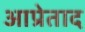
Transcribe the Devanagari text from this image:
आप्रेताद